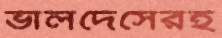
ভালদেসেরই